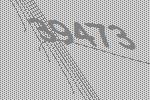
39473